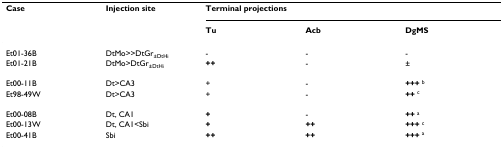
<table><thead><tr><td><b>Case</b></td><td><b>Injection site</b></td><td colspan="3"><b>Terminal projections</b></td></tr><tr><td></td><td></td><td><b>Tu</b></td><td><b>Acb</b></td><td><b>DgMS</b></td></tr></thead><tbody><tr><td>Et01-36B</td><td>DtMo&gt;&gt;DtGr<sub>±DtHi</sub></td><td>-</td><td>-</td><td>-</td></tr><tr><td>Et01-21B</td><td>DtMo&gt;DtGr<sub>±DtHi</sub></td><td><b>++</b></td><td>-</td><td>±</td></tr><tr><td>Et00-11B</td><td>Dt&gt;CA3</td><td>+</td><td>-</td><td><b>+++ </b><sup>b</sup></td></tr><tr><td>Et98-49W</td><td>Dt&gt;CA3</td><td>+</td><td>-</td><td><b>++ </b><sup>c</sup></td></tr><tr><td>Et00-08B</td><td>Dt, CA1</td><td><b>+</b></td><td>-</td><td><b>++ </b><sup>a</sup></td></tr><tr><td>Et00-13W</td><td>Dt, CA1&lt;Sbi</td><td><b>+</b></td><td><b>++</b></td><td><b>+++ </b><sup>c</sup></td></tr><tr><td>Et00-41B</td><td>Sbi</td><td><b>++</b></td><td><b>++</b></td><td><b>+++ </b><sup>a</sup></td></tr></tbody></table>